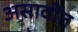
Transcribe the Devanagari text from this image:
असावींत